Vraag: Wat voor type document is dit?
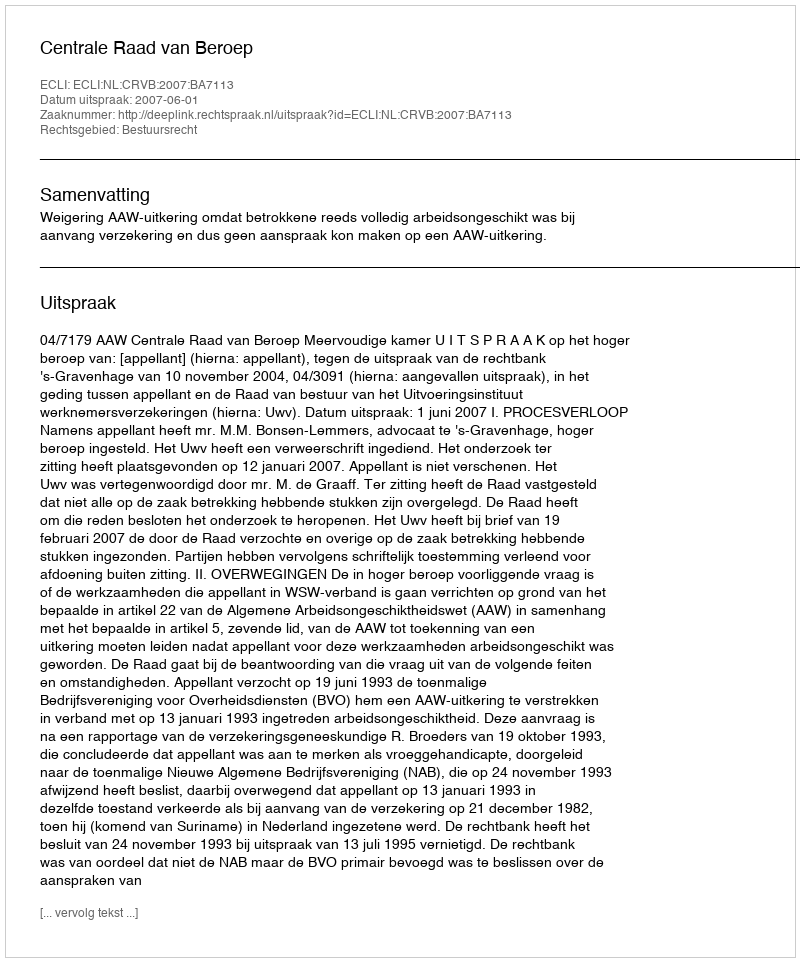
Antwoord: Uitspraak